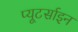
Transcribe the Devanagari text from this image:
प्यूटर्साइन